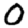
Digit: 0